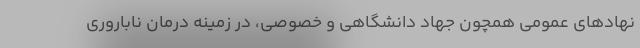
نهادهای عمومی همچون جهاد دانشگاهی و خصوصی، در زمینه درمان ناباروری